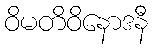
ဝိမတိဝိနောဒနီ